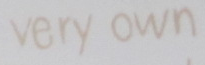
very own